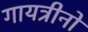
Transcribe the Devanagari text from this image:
गायत्रीनो